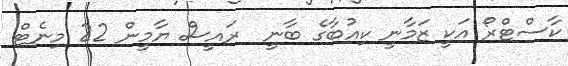
ކާސްޓްރޯ އަކީ ޒަމާނީ ކިއުބާގެ ބާނީ  ރައީސް ޔާމީން 22 މިނެޓް